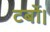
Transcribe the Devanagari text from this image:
टर्बो।